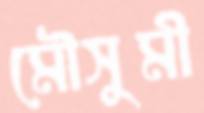
মৌসুমী